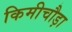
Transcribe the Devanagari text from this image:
किमीचौड़ा